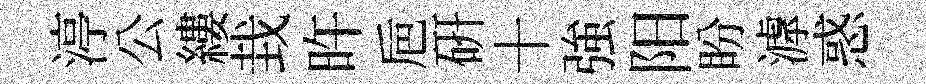
渟公縷㘽旿巵硏十強阳盼滹惑